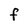
Character: f